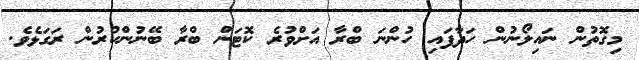
މިގޮތުން ނައިލޯނުން ހަދާފައި ހުންނަ ބްރާ އަށްވުރެ ކޮޓަން ބްރާ ބޭނުންކުރުން ރަގަޅެވެ.